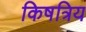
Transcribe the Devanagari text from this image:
किषत्रिय